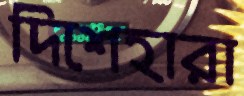
দিশেহারা